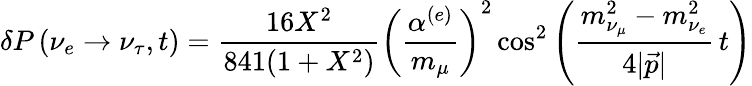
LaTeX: \delta P\left(\nu_{e}\rightarrow\nu_{\tau},t\right)=\frac{16X^{2}}{841(1+X^{2})}\left(\frac{\alpha^{(e)}}{m_{\mu}}\right)^{2}\cos^{2}\left(\frac{m_{\nu_{\mu}}^{2}-m_{\nu_{e}}^{2}}{4|\vec{p}|}\, t\right)